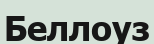
Беллоуз